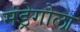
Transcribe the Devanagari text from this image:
मंड्रेगोला